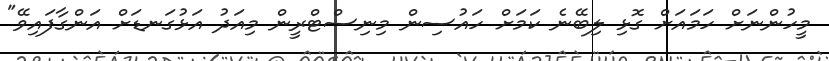
މީހުންނަށް ހަމައަށް ގޮޅި ލިބޭނެ ކަމަށް ހައުސިން މިނިސްޓްރީން މިއަދު އަޅުގަނޑަށް އަންގާފައިވޭ"